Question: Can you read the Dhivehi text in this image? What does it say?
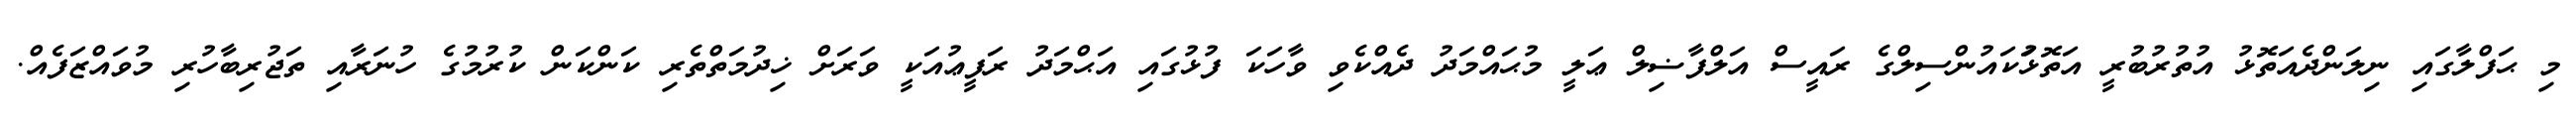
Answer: މި ޙަފްލާގައި ނިލަންދެއަތޮޅު އުތުރުބުރީ އަތޮޅުަކައުންސިލްގެ ރައީސް އަލްފާޟިލް ޢަލީ މުޙައްމަދު ދެއްކެވި ވާހަކަ ފުޅުގައި އަޙްމަދު ރަފީޢުއަކީ ވަރަށް ޚިދުމަތްތެރި ކަންކަން ކުރުމުގެ ހުނަރާއި ތަޖުރިބާހުރި މުވައްޒަފެއް.